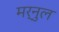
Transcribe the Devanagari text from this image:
मर्नुल